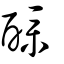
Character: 醭